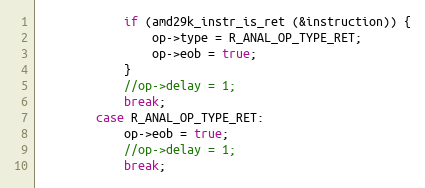
Language: C
			if (amd29k_instr_is_ret (&instruction)) {
				op->type = R_ANAL_OP_TYPE_RET;
				op->eob = true;
			}
			//op->delay = 1;
			break;
		case R_ANAL_OP_TYPE_RET:
			op->eob = true;
			//op->delay = 1;
			break;